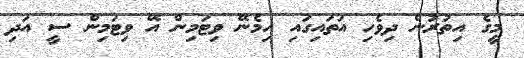
މީގެ އިތުރުން ދިވެހި އަތައިގައި ހިމެނޭ ވިޓަމިން އޭ ވިޓަމިން ސީ އަދި